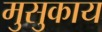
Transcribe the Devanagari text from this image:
मुसुकाय